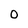
Character: o